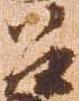
召